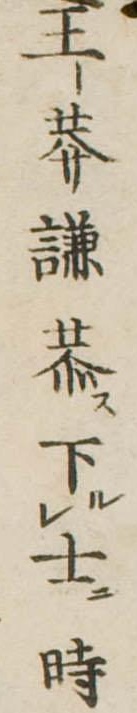
王莽謙恭下士時